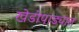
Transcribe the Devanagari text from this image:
खेडोपाड्यात